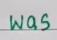
was